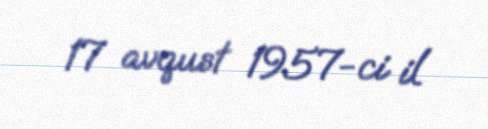
17 avqust 1957-ci il